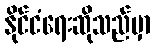
နိုင်ငံရေးဆိုသည်မှာ